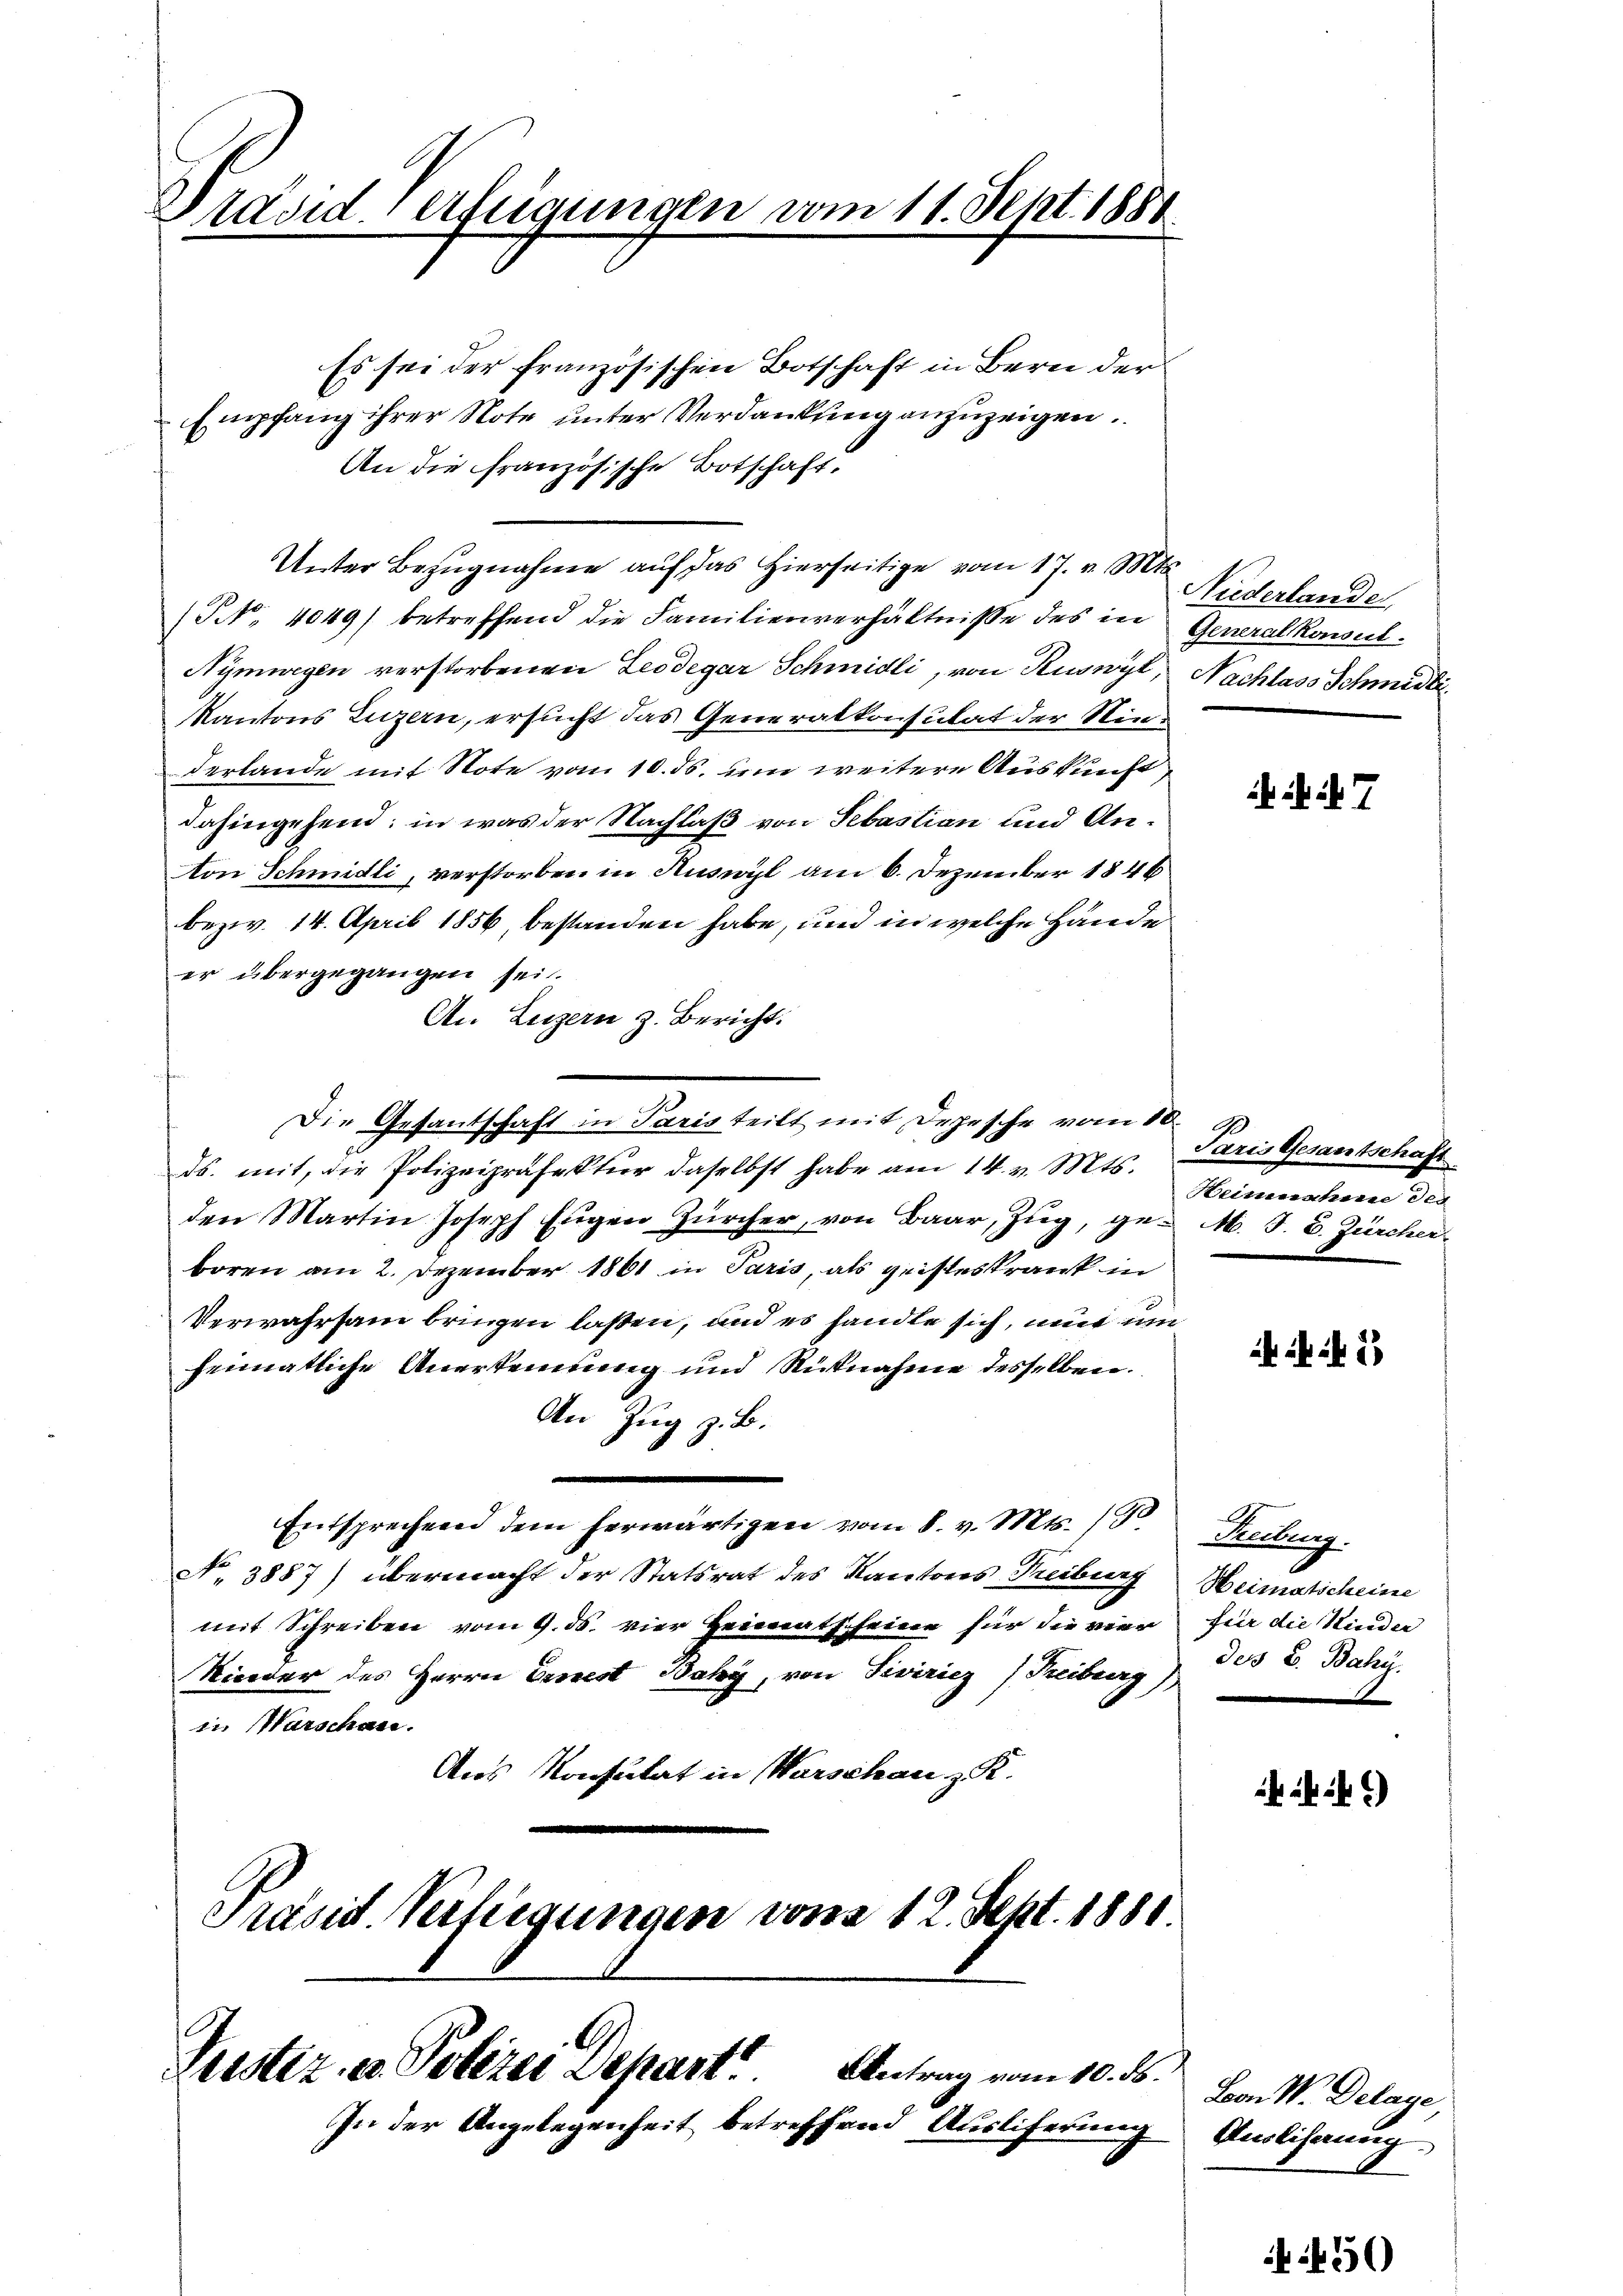
Präsiderfügungen vom 11. Sept. 1888.

Ersstiz, es Polizei Depart Antrag vom 10. ds.
In der Angelegenheit betreffend Auslieferung Auslihaung

Es sei der französischen Botschaft in Bern der
Empfang ihrer Note unter Verdankung anzuzeigen.
An die französische Botschaft,
Unter Bezŭgnahme aŭf das hierseitige vom 17. v. Mts.
(NNo. 4049) betreffend die Familienverhältnisse des in
Nymwegen verstorbenen Leodegar Schmidli, von Ruswyl, Nachlass Schmidli
Kantons Luzern, ersucht das Generalkonsulat der Niederlande mit Note vom 10. ds. um weitere Auskunft
dahingehend; in was der Nachlaß von Sebastian und Anon Schmidli, verstorben in Ruswyl am 6. Dezember 1846
bezw. 14. April 1856 bestanden habe, und in welche Hände
er übergegangen sei.
An Luzern z. Bericht.
ds. mit, die Polizeipräfektur daselbst habe am 14. v. Mts.
den Martin Joseph Eŭgen Zürcher, von Baar, Zŭg, ge- M. J. B. Zürcher
boren am 2. Dezember 1861 in Paris, als geisteskrank in
Verwahrsam bringen laßen, und es handle sich, mit um
heimatliche Anerkennung und Rücknahme desselben.
An Zug z. B.
.
Entsprechen dem herwärtigen vom 8. v. Mts. 190
No. 3887) übermacht der Statsrat des Kantons Freiburg
mit Schreiben vom 9. ds. vier Heimatscheine für die vier für die Nieder
Nieder des Herrn Priest Baky, von Siviricz (Reiburg)
in Warschen.
Aus Konsulat in Warschau, z. K.
Präsent. Verfügungen von 12. Sept. 1881

Die Gesantschaft in Paris teilt mit Depesche vom 10.

Niderlande
Generalkonsul

ih it 7

Paris Gesantschaft
Heinnahme des

5

Habung.
Heimatscheine
des B. Baby.

)

Bon W. Delage,

2